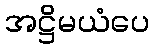
အဋ္ဌိမယံပေ